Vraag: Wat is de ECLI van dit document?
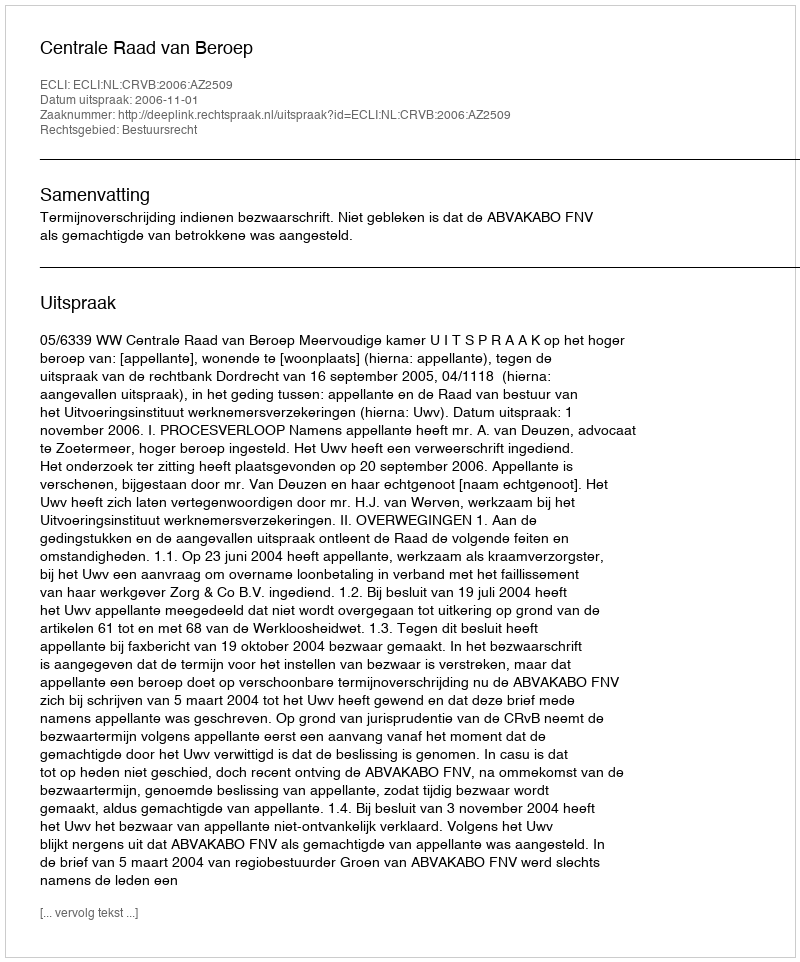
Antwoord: ECLI:NL:CRVB:2006:AZ2509